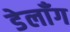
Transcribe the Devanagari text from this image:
डेलाँग